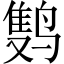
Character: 𲎂